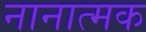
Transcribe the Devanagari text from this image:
नानात्मक